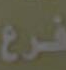
فرع